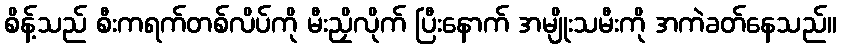
စိန့်သည် စီးကရက်တစ်လိပ်ကို မီးညှိလိုက် ပြီးနောက် အမျိုးသမီးကို အကဲခတ်နေသည်။